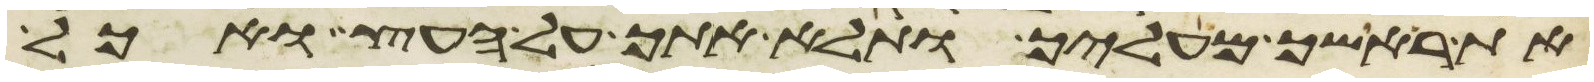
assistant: את ראשך מעליך ותלא אתך על העץ ואכל